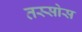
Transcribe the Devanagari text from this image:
तस्सोस